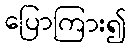
ပြောကြား၍